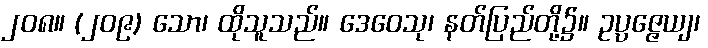
၂၀၈။ (၂၀၉) သော၊ ထိုသူသည်။ ဒေဝေသု၊ နတ်ပြည်တို့၌။ ဥပ္ပဇ္ဇေယျ၊